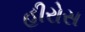
હીરોસ